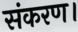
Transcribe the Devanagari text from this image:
संकरण।